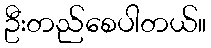
ဦးတည်စေပါတယ်။